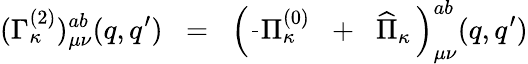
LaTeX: (\Gamma_{\kappa}^{(2)})_{\mu\nu}^{ab}(q,q^{\prime})\; \; =\; \; \left(\frac{}{}\Pi_{\kappa}^{(0)}\; \; +\; \; \widehat{\Pi}_{\kappa}\, \right)_{\mu\nu}^{ab}(q,q^{\prime})